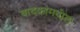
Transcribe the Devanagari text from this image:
वादकांमधील